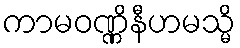
ကာမဝဏ္ဏိနီဟမသ္မိ